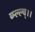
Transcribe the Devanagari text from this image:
व्म्ल्ल्च्।।